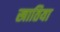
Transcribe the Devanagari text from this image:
खातिया